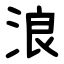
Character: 浪